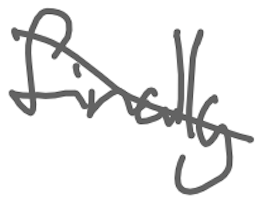
Text: finally
Cross-out: mix
Writing tool: digital_gray